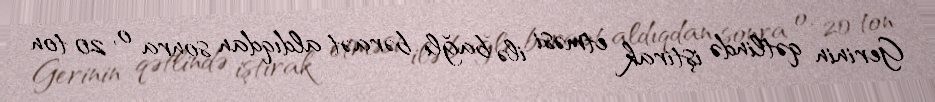
Gerinin qətlində iştirak etməsi ilə bağlı bəraət aldıqdan sonra o, 20 ton